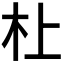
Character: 𪱲